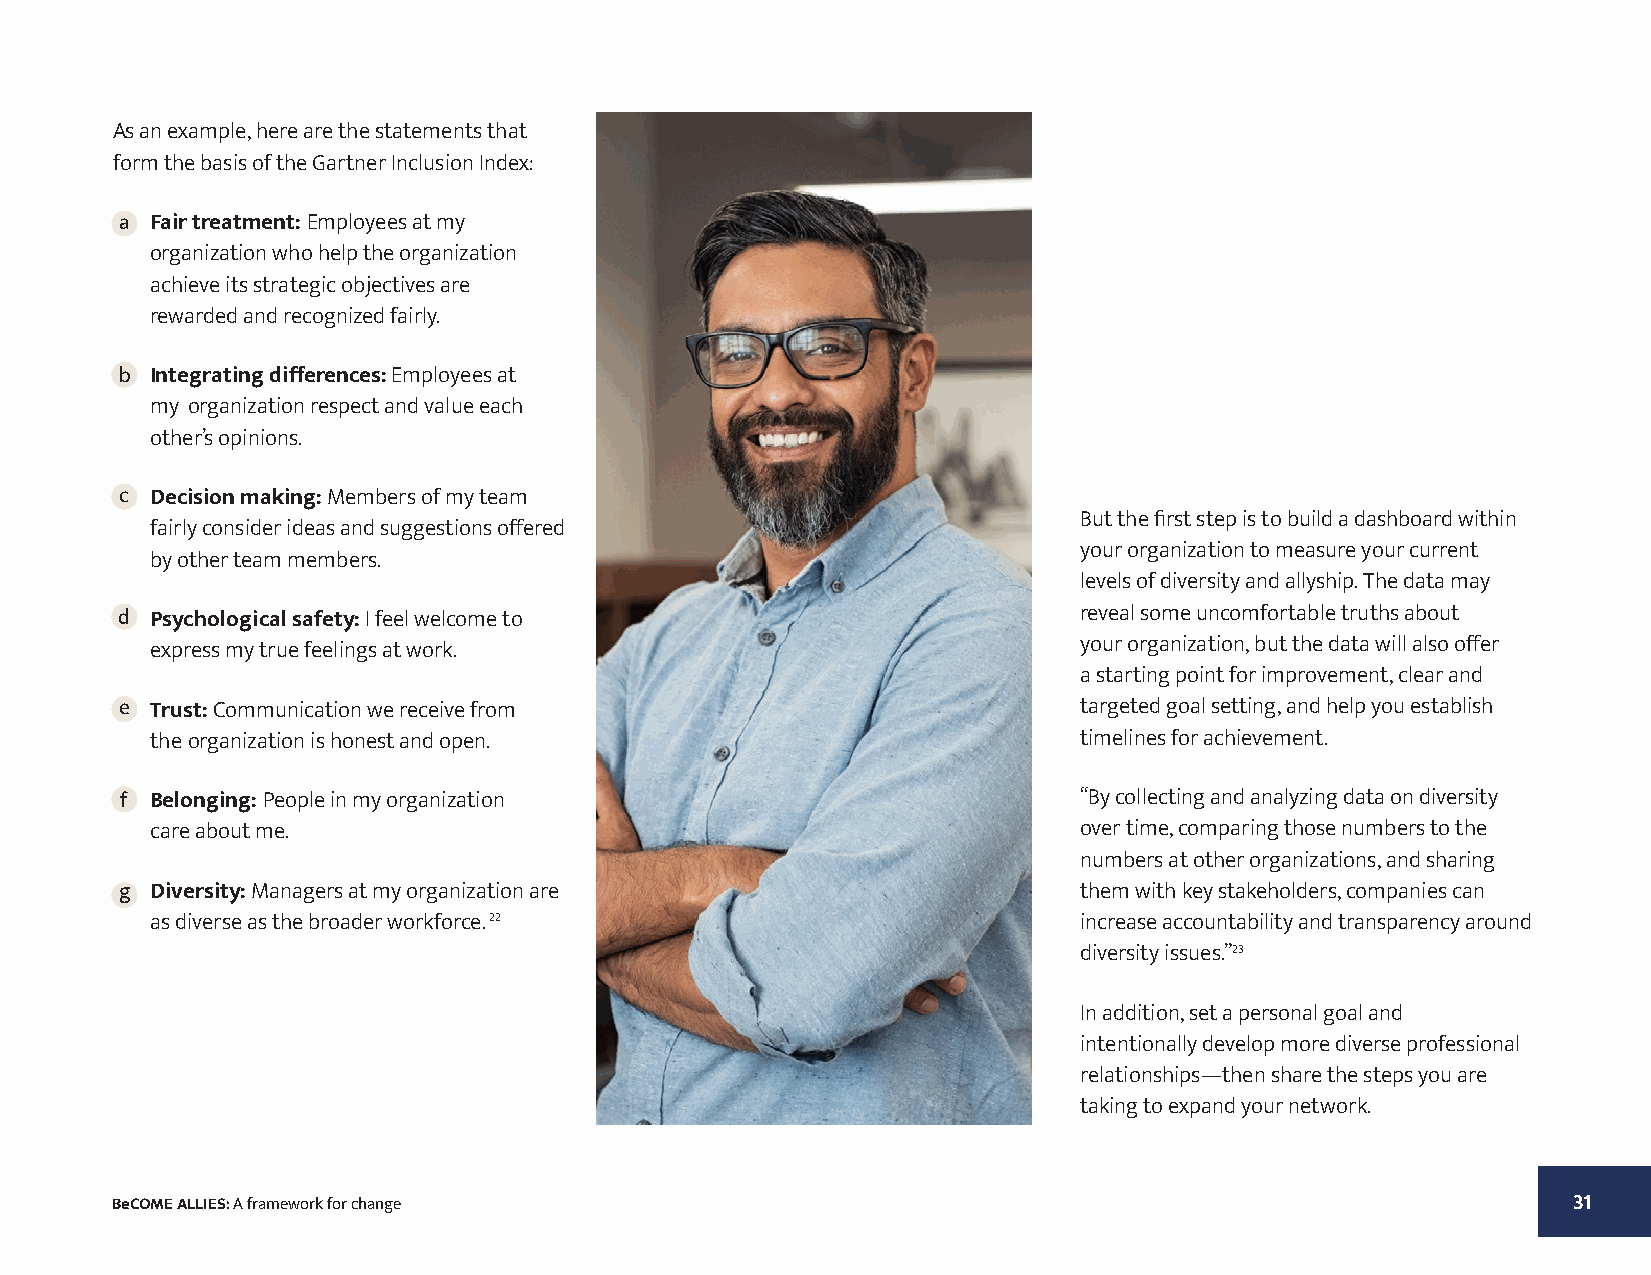
As an example, here are the statements that
 form the basis of the Gartner Inclusion Index:
 a Fair treatment: Employees at my
 organization who help the organization
 achieve its strategic objectives are
 rewarded and recognized fairly.
 b Integrating differences: Employees at
 my organization respect and value each
 other’s opinions.
 c Decision making: Members of my team
 But the first step is to build a dashboard within
 fairly consider ideas and suggestions offered
 your organization to measure your current
 by other team members.
 levels of diversity and allyship. The data may
 d Psychological safety: I feel welcome to                      reveal some uncomfortable truths about
 your organization, but the data will also offer
 express my true feelings at work.
 a starting point for improvement, clear and
 e Trust: Communication we receive from                         targeted goal setting, and help you establish
 the organization is honest and open.                         timelines for achievement.
 f Belonging: People in my organization                         “By collecting and analyzing data on diversity
 care about me.                                               over time, comparing those numbers to the
 numbers at other organizations, and sharing
 g Diversity: Managers at my organization are                   them with key stakeholders, companies can
 as diverse as the broader workforce. 22                      increase accountability and transparency around
 diversity issues.”23
 In addition, set a personal goal and
 intentionally develop more diverse professional
 relationships—then share the steps you are
 taking to expand your network.
 BeCOME ALLIES: A framework for change                                                            31